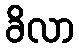
ခိလာ